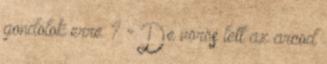
gondolok erre ? - De vörös lett az arcod